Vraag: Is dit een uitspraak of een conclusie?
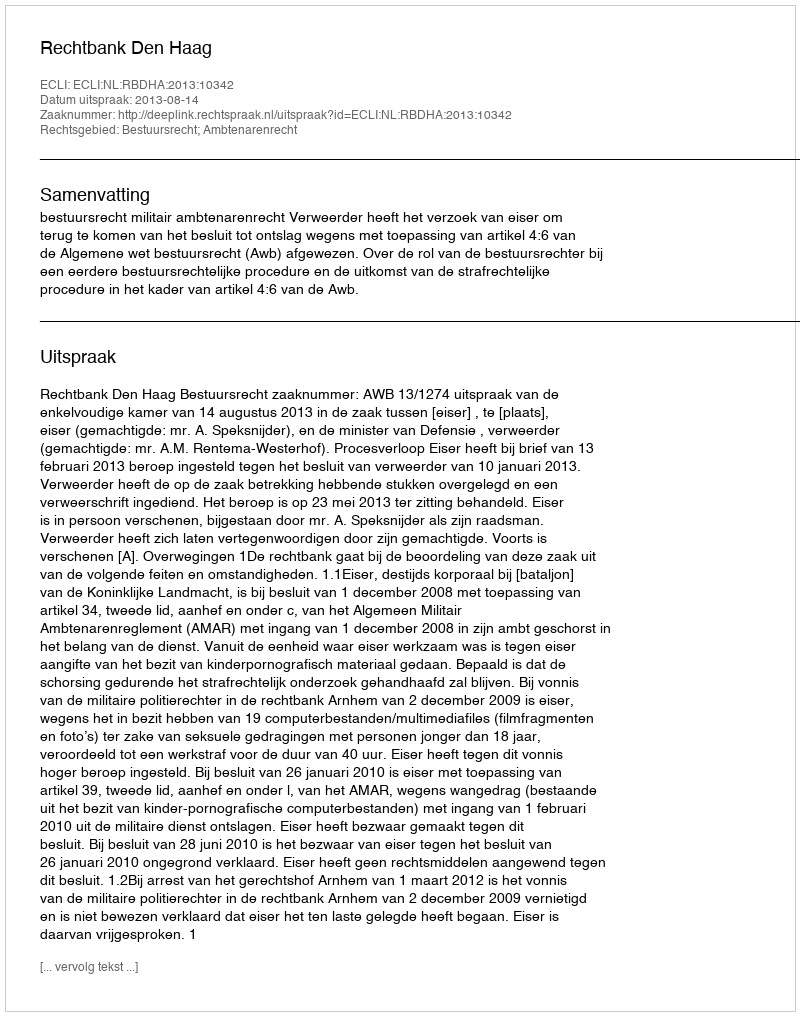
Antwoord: Uitspraak